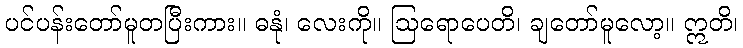
ပင်ပန်းတော်မူတပြီးကား။ ဓနုံ၊ လေးကို။ ဩရောပေတိ၊ ချတော်မူလော့။ ဣတိ၊